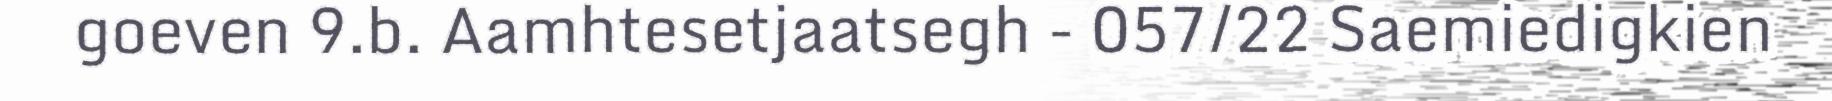
goeven 9.b. Aamhtesetjaatsegh - 057/22 Saemiedigkien